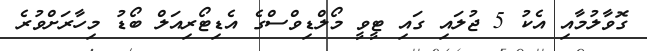
ގޮވާލުމާއި އެކު 5 ޖުލައި ގައި ޓީވީ މޯލްޑިވްސްގެ އެޑިޓޯރިއަލް ބޯޑު މިހާރަށްވުރެ